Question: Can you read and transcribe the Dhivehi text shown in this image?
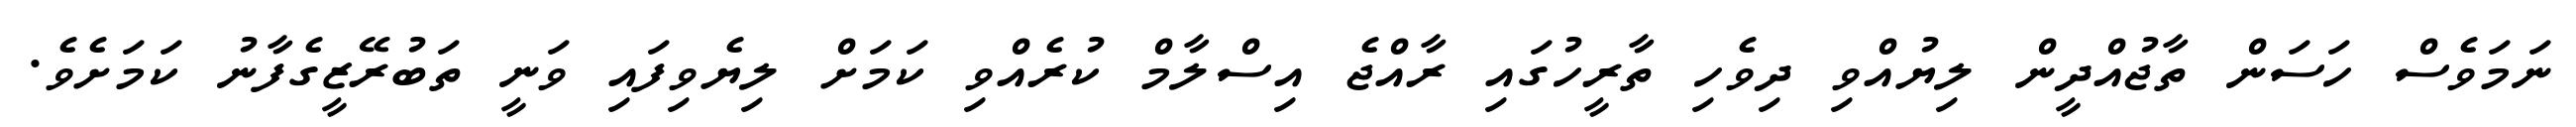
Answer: ނަމަވެސް ހަސަން ތާޖުއްދީން ލިޔުއްވި ދިވެހި ތާރީހުގައި ރާއްޖެ އިސްލާމް ކުރެއްވި ކަމަށް ލިޔެވިފައި ވަނީ ތަބުރޭޒީގެފާނު ކަމަށެވެ.